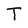
Character: T